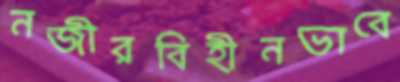
নজীরবিহীনভাবে